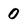
Character: 0